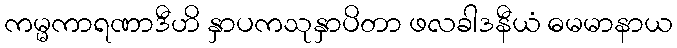
ကမ္မကာရဏာဒီဟိ နှာပကသုနှာပိတာ ဖလခါဒနီယံ ဓမမာနာယ